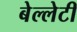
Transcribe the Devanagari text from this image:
बेल्लेटी